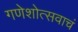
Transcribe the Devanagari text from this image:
गणेशोत्सवाचं